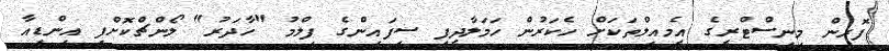
ފޮރިން މިނިސްޓްރީގެ އީމެއިލްތަކަށް ހެކަރުން ހަމަލާދީފި ސިފައިންގެ ފިލްމު "ހާދަރު" ލޯންޗްކޮށްފި އިންޑިއާ